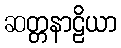
ဆတ္တနာဠိယာ